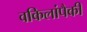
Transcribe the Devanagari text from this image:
वकिलांपैकी